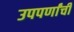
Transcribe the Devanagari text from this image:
उपपर्णांची